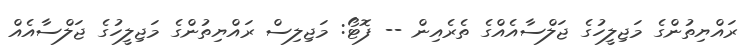
ރައްޔިތުންގެ މަޖިލީހުގެ ޖަލްސާއެއްގެ ތެރެއިން -- ފޮޓޯ: މަޖިލިސް ރައްޔިތުންގެ މަޖިލީހުގެ ޖަލްސާއެއް